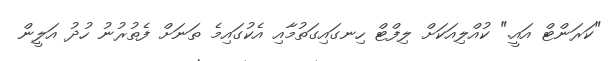
"ކަރަންޓް އައީ." ކުއްލިއަކަށް ލިފްޓް ހިނގައިގަތުމާއި އެކުގައިމެ ތަނަށް ފެތުރުނު ހުދު އަލީން